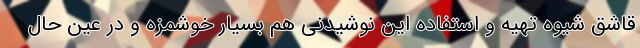
قاشق شیوه تهیه و استفاده این نوشیدنی هم بسیار خوشمزه و در عین حال